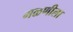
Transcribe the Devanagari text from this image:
मळणीला